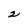
Character: 2